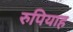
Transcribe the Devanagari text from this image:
रुपियाह